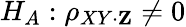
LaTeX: H_{A}:\rho_{XY\cdot\mathbf{Z}}\neq 0